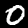
Label: 0